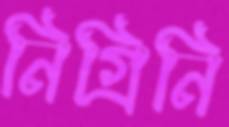
নিগ্রিনি